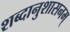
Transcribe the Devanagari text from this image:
शब्दानुशासनम्